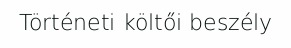
Történeti költői beszély